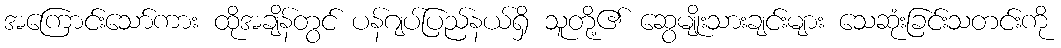
အကြောင်းသော်ကား ထိုအချိန်တွင် ပန်ဂျပ်ပြည်နယ်ရှိ သူတို့၏ ဆွေမျိုးသားချင်းများ သေဆုံးခြင်းသတင်းကို